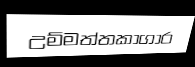
උම්මත්තකාගාර